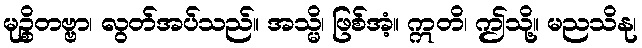
မုဉ္စိတဗ္ဗာ၊ လွတ်အပ်သည်။ အသ္မိ၊ ဖြစ်အံ့။ ဣတိ၊ ဤသို့။ မညသိနု၊